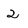
Character: 2